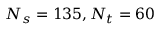
N _ { s } = 1 3 5 , N _ { t } = 6 0